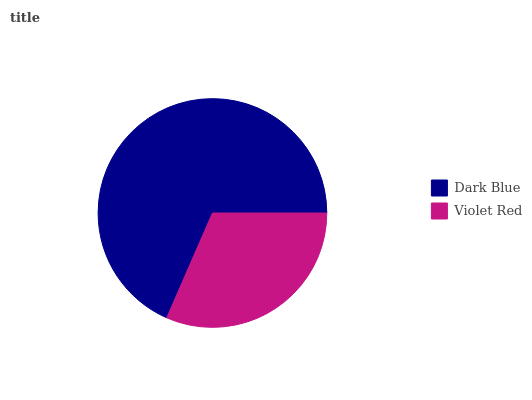
| Dark Blue | Violet Red |
 | --- | --- |
 | 68.5% | 31.5% |